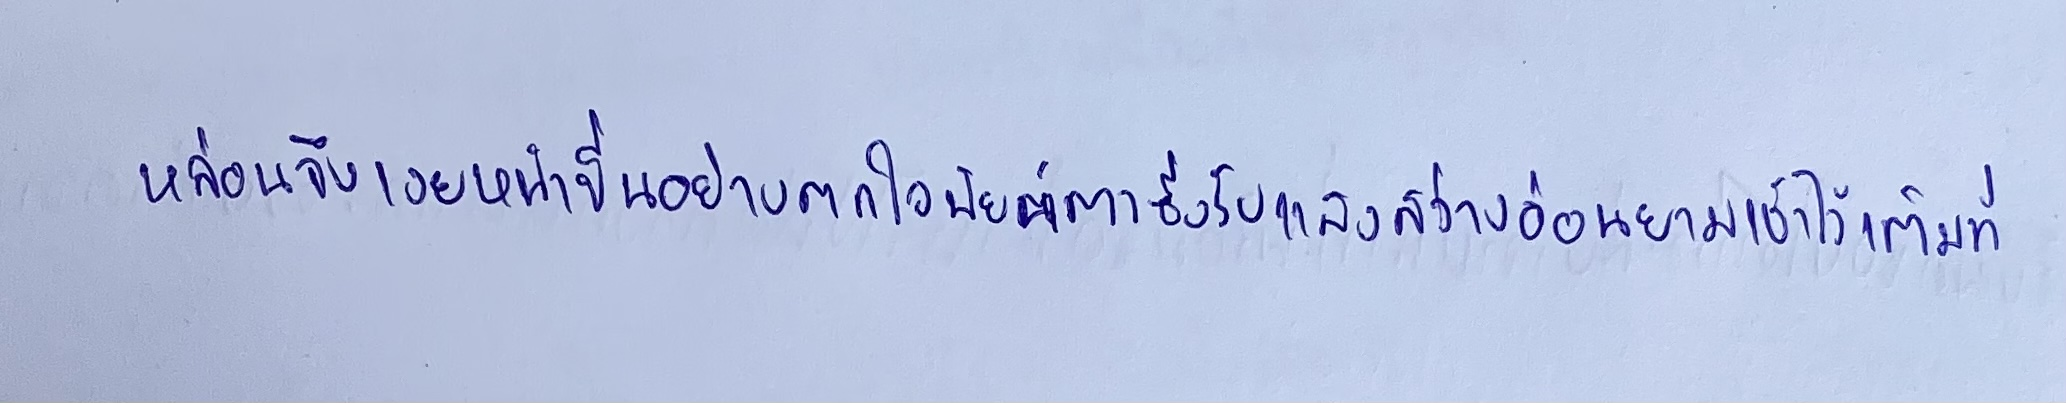
หล่อนจึงเงยหน้าขึ้นอย่างตกใจนัยน์ตาซึ่งรับแสงสว่างอ่อนยามเช้าไว้เต็มที่